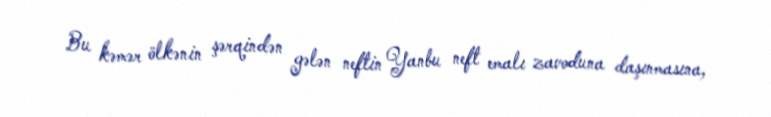
Bu kəmər ölkənin şərqindən gələn neftin Yanbu neft emalı zavoduna daşınmasına,